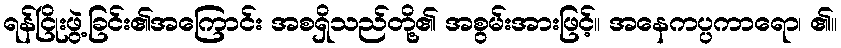
ရန်ငြိုးဖွဲ့ခြင်း၏အကြောင်း အစရှိသည်တို့၏ အစွမ်းအားဖြင့်။ အနေကပ္ပကာရော၊ ၏။